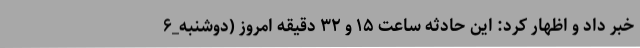
خبر داد و اظهار کرد: این حادثه ساعت ۱۵ و ۳۲ دقیقه امروز (دوشنبه_۶